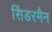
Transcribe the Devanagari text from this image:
सिंडरमैन